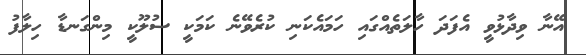
އޭނާ ވިދާޅުވީ އެފަދަ ހާލަތެއްގައި ހަމައެކަނި ކުރެވޭނެ ކަމަކީ ސުލޫކީ މިންގަނޑާ ހިލާފު